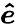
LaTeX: \boldsymbol{\hat{e}}